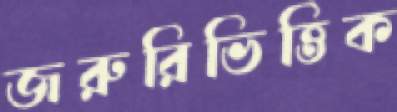
জরুরিভিত্তিক